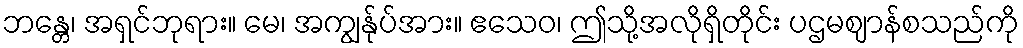
ဘန္တေ၊ အရှင်ဘုရား။ မေ၊ အကျွန်ုပ်အား။ ဧသေဝ၊ ဤသို့အလိုရှိတိုင်း ပဌမဈာန်စသည်ကို